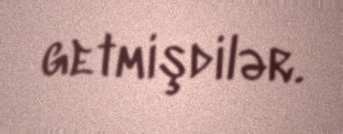
getmişdilər.